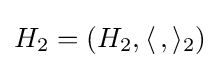
H_{2}=(H_{2},\langle \,,\rangle _{2})